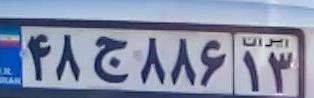
۴۸ج۸۸۶۱۳